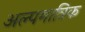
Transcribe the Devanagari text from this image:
अल्पमात्रिक